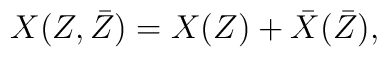
X(Z,\bar{Z})=X(Z) + \bar{X}(\bar{Z}),